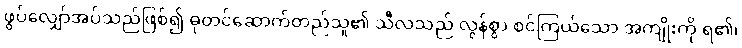
ဖွပ်လျှော်အပ်သည်ဖြစ်၍ ဓုတင်ဆောက်တည်သူ၏ သီလသည် လွန်စွာ စင်ကြယ်သော အကျိုးကို ရ၏၊